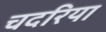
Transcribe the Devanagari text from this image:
चदरिया